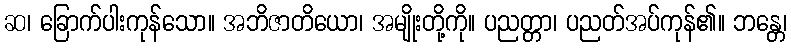
ဆ၊ ခြောက်ပါးကုန်သော။ အဘိဇာတိယော၊ အမျိုးတို့ကို။ ပညတ္တာ၊ ပညတ်အပ်ကုန်၏။ ဘန္တေ၊